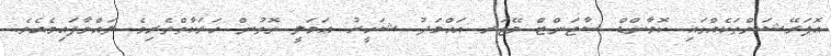
އޮޕަރޭޝަންތަކެއްގައި ކޮމާންޑް ސާޖަންޓް މޭޖަރ އަޙްމަދު ޝަހީރު ޢަމަލީ ގޮތުން ހަރަކާތްތެރިވެ ލައްވާފައިވެއެވެ.